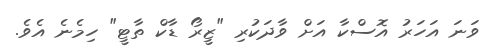
ވަނަ އަހަރު އޮސްކާ އަށް ވާދަކުރި "ޒީރޯ ޑާކް ތާޓީ" ހިމެނެ އެވެ.